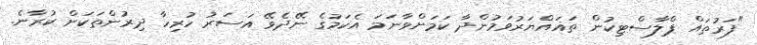
"ފަރުތައް ޕްލާސްޓިކުން ތަޣައްޔަރުވަމުންދާ ކަމަށްވާނަމަ އެކަމުގެ ނޭދެވޭ އަސަރު ހުރިހާ ދިރުންތަކަށް ކުރާނެ.